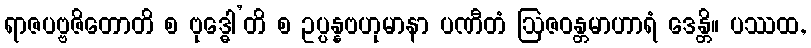
ရာဇပဗ္ဗဇိတောတိ စ ဗုဒ္ဓေါ’တိ စ ဥပ္ပန္နဗဟုမာနာ ပဏီတံ ဩဇဝန္တမာဟာရံ ဒေန္တိ။ ပဿထ,